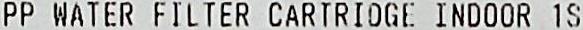
PP WATER FILTER CARTRIDGE INDOOR 1S